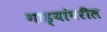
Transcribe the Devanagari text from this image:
गाड्यांवरील